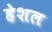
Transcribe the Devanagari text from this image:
हेशल